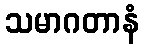
သမာဂတာနံ